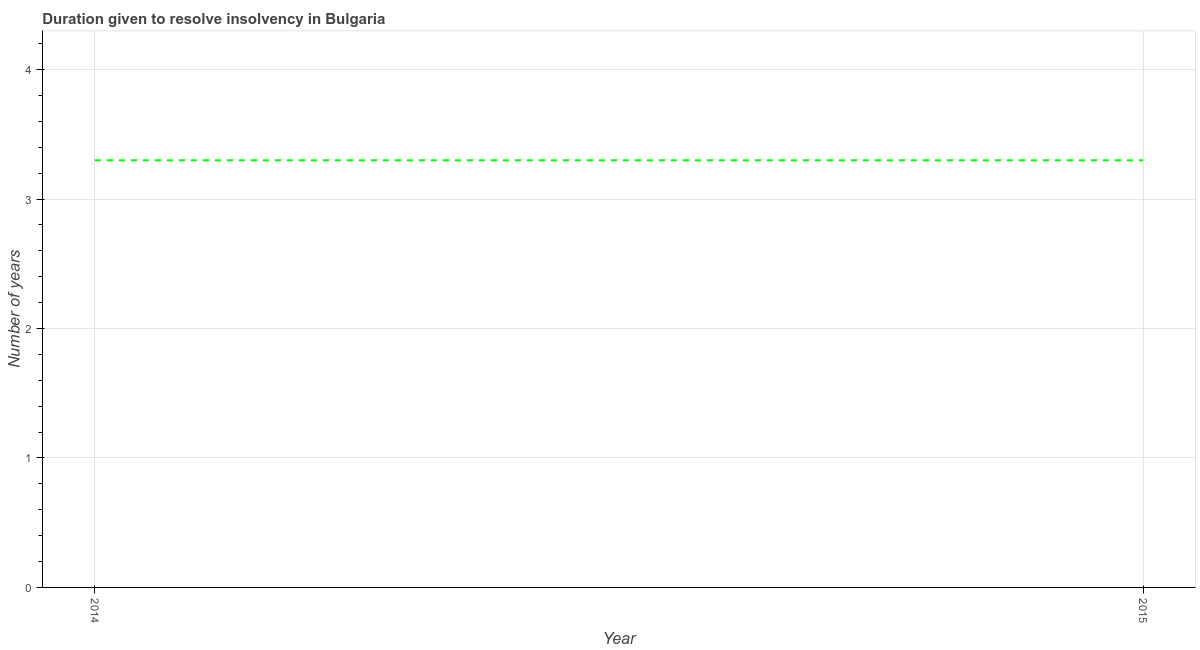
| Year | Resolve insolvency |
 | --- | --- |
 | 2014 | 3.3 |
 | 2015 | 3.3 |